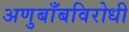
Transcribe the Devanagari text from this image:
अणुबाँबविरोधी